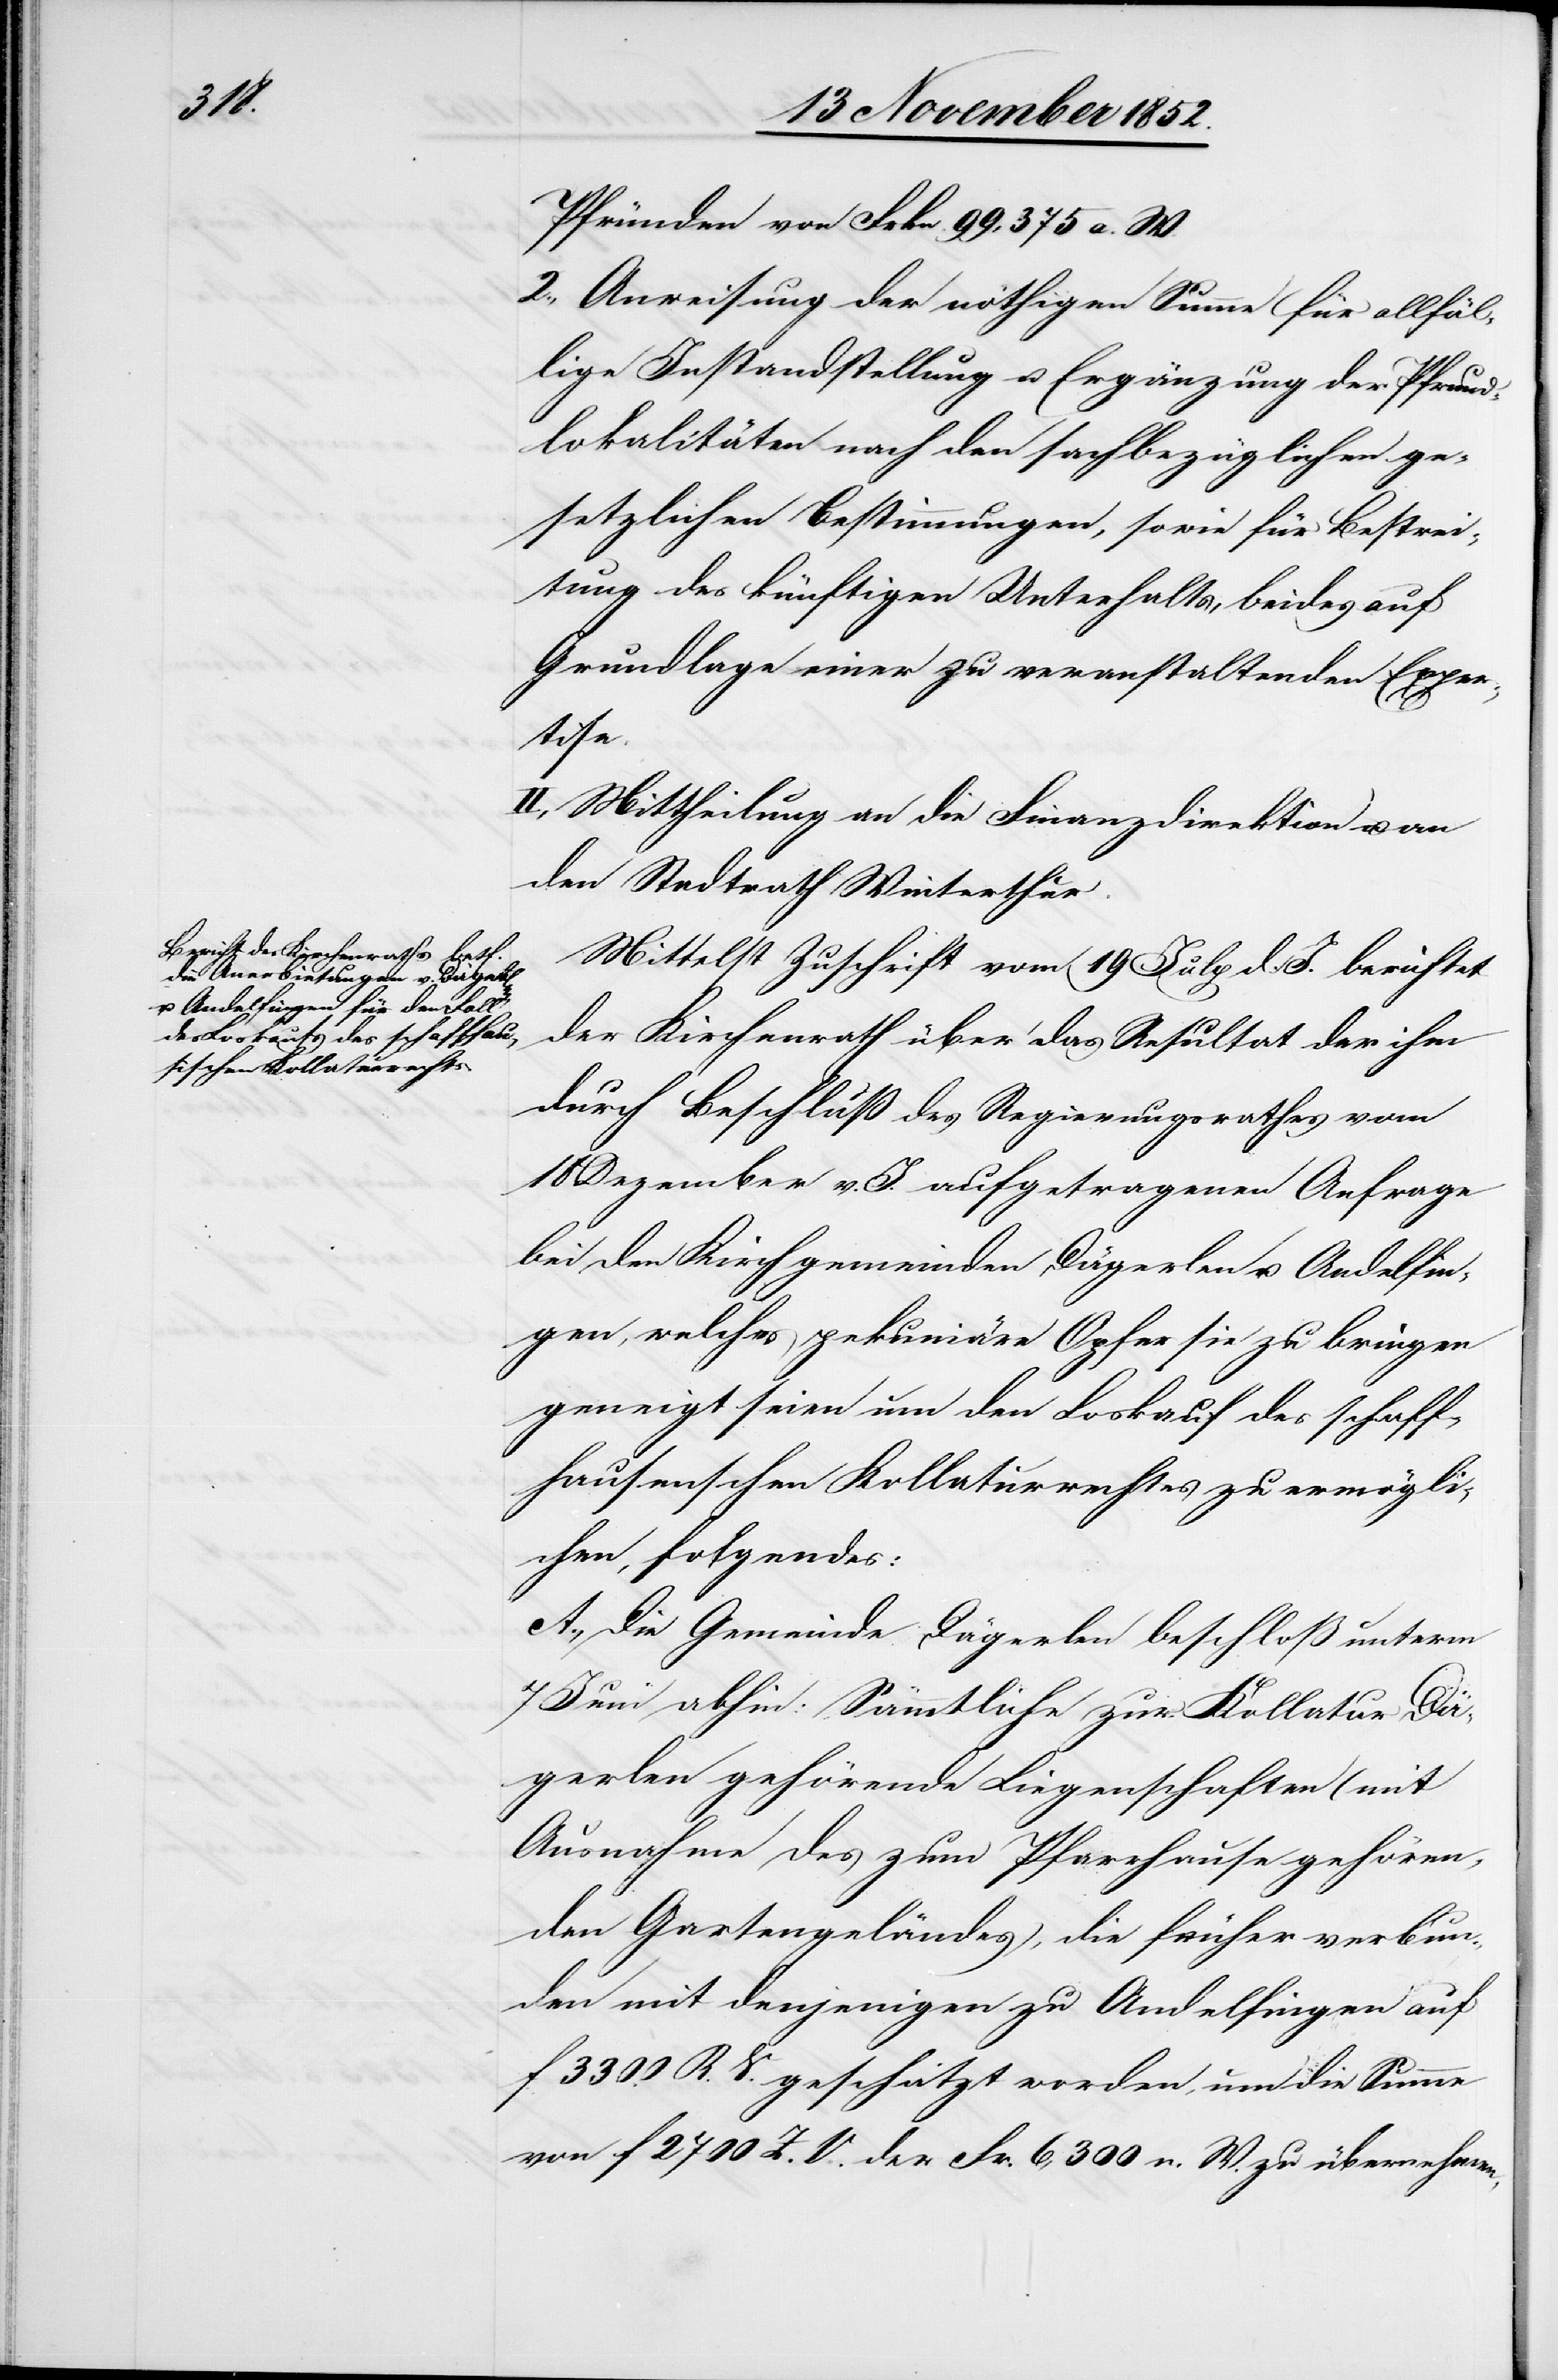
Pfründen von Frkn. 99,375 a. W.
Anweisung der nöthigen Summe für allfäl¬
lige Instandstellung u. Ergänzung der Pfrund¬
lokalitäten nach den sachbezüglichen ge¬
setzlichen Bestimmungen, sowie für Bestrei¬
tung des künftigen Unterhalts, beides auf
Grundlage einer zu veranstaltenden Exper¬
tise.
II., Mittheilung an die Finanzdirektion u. an
den Stadtrath Winterthur.
Mittelst Zuschrift vom 19 July d. J. berichtet
der Kirchenrath über das Resultat der ihm
durch Beschluß des Regierungsrathes vom
18 Dezember v. J. aufgetragenen Anfrage
bei den Kirchgemeinden Dägerlen u. Andelfin¬
gen, welches pekuniäre Opfer sie zu bringen
geneigt seien um den Loskauf des schaff¬
hausenschen Kollaturrechtes zu ermögli¬
chen, folgendes:
A., Die Gemeinde Dägerlen beschloß unterm
7 Juni abhin: Sämmtliche zur Kollatur Dä¬
gerlen gehörende Liegenschaften (mit
Ausnahme des zum Pfarrhause gehören¬
den Gartengeländes), die früher verbun¬
den mit denjenigen zu Andelfingen auf
f 3300 R. V. geschätzt worden, um die Summe
von f 2700 Z. V. [o]der Fr. 6,300 n. W. zu übernehmen,